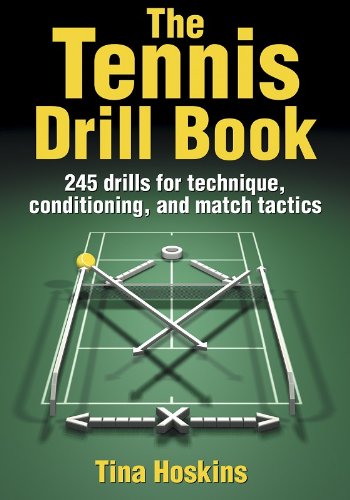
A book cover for The Tennis Drill Book (The Drill Book); Tina Hoskins-Burney; Sports & Outdoors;